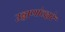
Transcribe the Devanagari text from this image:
उड्डाणांव्दारे